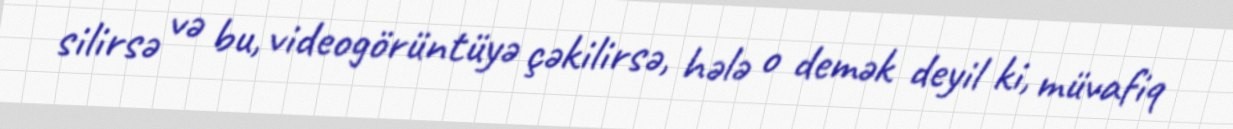
silirsə və bu, videogörüntüyə çəkilirsə, hələ o demək deyil ki, müvafiq